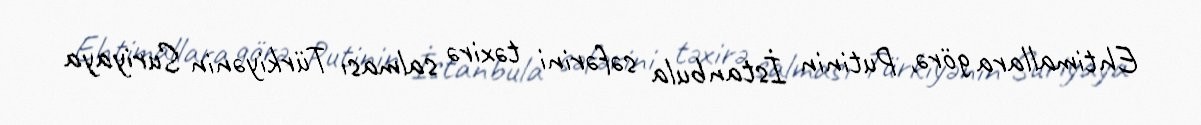
Ehtimallara görə, Putinin İstanbula səfərini təxirə salması Türkiyənin Suriyaya